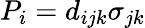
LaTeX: P_{i}=d_{ijk}\sigma_{jk}